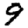
Digit: 9